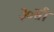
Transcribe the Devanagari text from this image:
३०सी